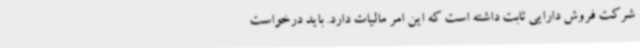
شرکت فروش دارایی ثابت داشته است که این امر مالیات دارد. باید درخواست